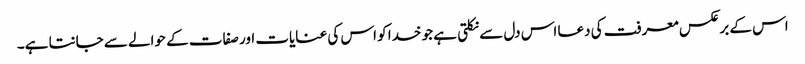
اس کے برعکس معرفت کی دعا اس دل سے نکلتی ہے جو خدا کو اس کی عنایات اور صفات کے حوالے سے جانتا ہے۔